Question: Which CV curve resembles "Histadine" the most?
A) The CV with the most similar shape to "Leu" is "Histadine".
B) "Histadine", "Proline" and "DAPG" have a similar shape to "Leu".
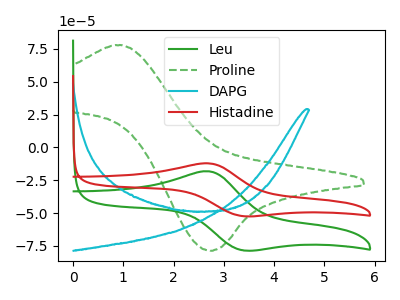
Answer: <think>The green curve "Leu" has an anodic peak at (2.70V, -18.20uA) and a cathodic peak at (3.40V, -78.25uA). The green dashed curve "Proline" has an anodic peak at (1.00V, 77.60uA) and a cathodic peak at (2.75V, -78.60uA). The cyan curve "DAPG" has no peaks. The red curve "Histadine" has an anodic peak at (2.70V, -12.15uA) and a cathodic peak at (3.40V, -52.25uA).
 "Leu" and "Proline" have at least one peak that do not match. "Leu" and "DAPG" have a different number of peaks. All the peaks in "Leu" have a peak in "Histadine" at the same potential. "Proline" and "DAPG" have a different number of peaks. "Proline" and "Histadine" have at least one peak that do not match. "DAPG" and "Histadine" have a different number of peaks.</think>
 <answer>A) The CV with the most similar shape to "Leu" is "Histadine".</answer>
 <eval>A</eval>